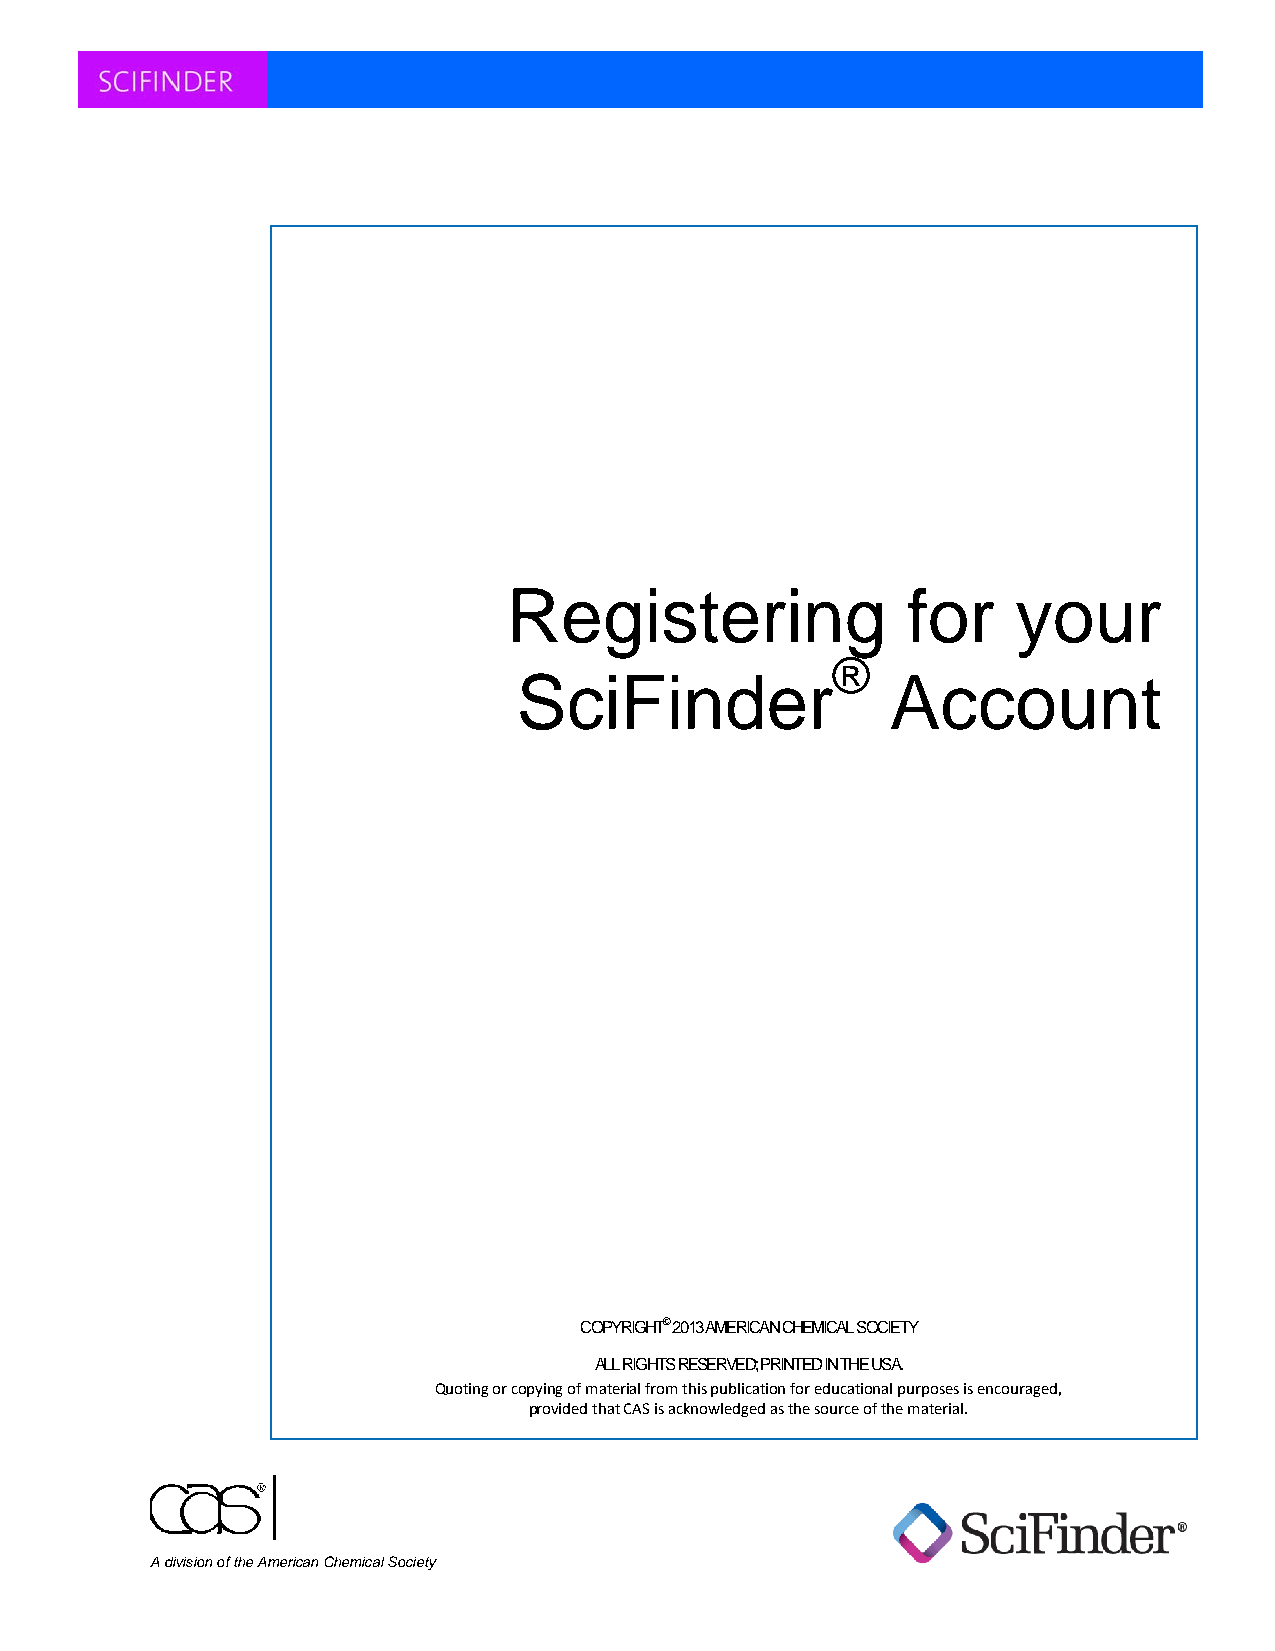
Registering               for    your
 ®
 SciFinder                Account
 COPYRIGHT© 2013 AMERICAN CHEMICAL SOCIETY
 ALL RIGHTS RESERVED; PRINTED IN THE USA.
 Quoting or copying of material from this publication for educational purposes is encouraged,
 provided that CAS is acknowledged as the source of the material.
 A division of the American Chemical Society